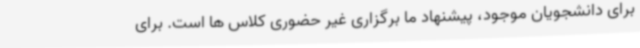
برای دانشجویان موجود، پیشنهاد ما برگزاری غیر حضوری کلاس ها است. برای